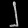
Digit: ၂